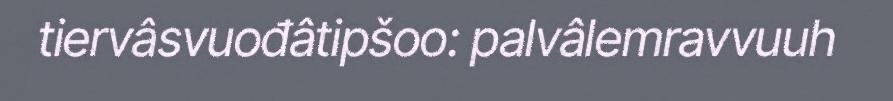
tiervâsvuođâtipšoo: palvâlemravvuuh